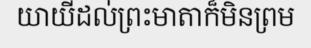
យាយីដល់ព្រះមាតាក៏មិនព្រម